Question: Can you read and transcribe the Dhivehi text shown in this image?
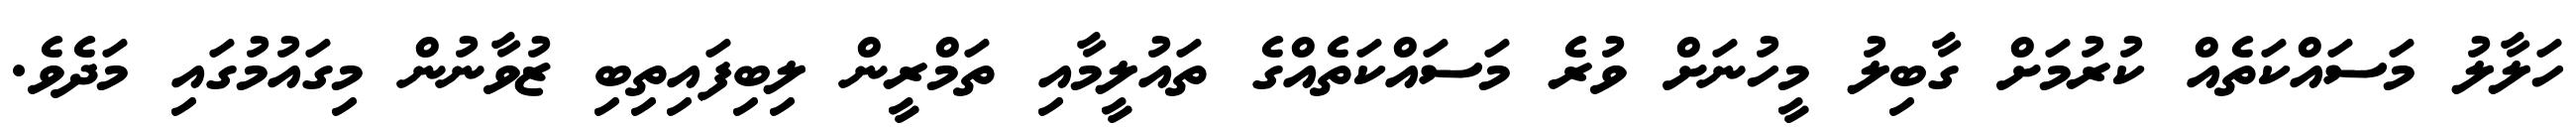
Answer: ހަލާލު މަސައްކަތެއް ކުރުމަށް ގާބިލު މީހުނަށް ވުރެ މަސައްކަތެއްގެ ތައުލީމާއި ތަމްރީން ލިބިފައިތިބި ޒުވާނުން މިގައުމުގައި މަދެވެ.